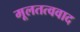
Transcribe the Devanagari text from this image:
मूलतत्ववाद